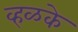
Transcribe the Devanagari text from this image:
व्हळके